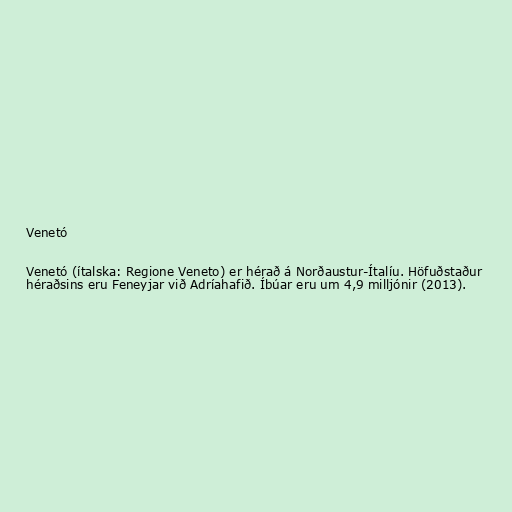
Venetó

Venetó (ítalska: Regione Veneto) er hérað á Norðaustur-Ítalíu. Höfuðstaður
héraðsins eru Feneyjar við Adríahafið. Íbúar eru um 4,9 milljónir (2013).